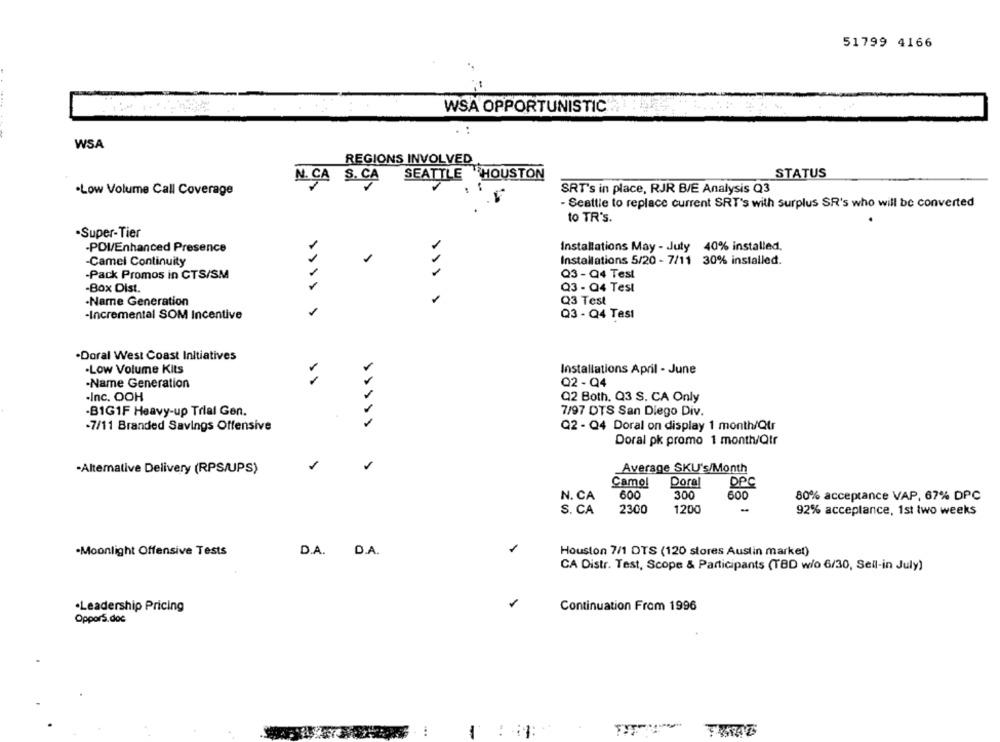
51799 4166
WSA OPPORTUNISTIC
:
WSA
REGIONS INVOLVED
SEATTLE HOUSTON
STATUS
N. CA S. CA
.Low Volume Call Coverage
SRT's in place, RJR B/E Analysis Q3
- Seattle to replace current SRT's with surplus SR's who will be converted
to TR's.
·Super-Tier
-POI/Enhanced Presence
Installations May - Juty 40% installed.
Installations 5/20 - 7/11 30% installed.
-Camel Continuity
-Pack Promos in CTS/SM
Q3- Q4 Test
-Box Dist.
Q3 - Q4 Test
1
-Name Generation
Q3 Test
-Incremental SOM Incentive
Q3 - Q4 Tesi
·Doral West Coast Initiatives
.Low Volume Kits
Installations April - June
-Name Generation
Q2 - Q4
.Inc. OOH
Q2 Both. Q3 S. CA Only
-B1G1F Heavy-up Trial Gen.
7/97 DTS San Diego Div.
-7/11 Branded Savings Offensive
Q2 - Q4 Doral on display 1 month/Qtr
Doral pk promo 1 month/Qtr
Average SKU's/Month
-Altemative Delivery (RPS/UPS)
Camol
Dora
DPC
N. CA
600
300
600
80% acceptance VAP, 67% DPC
S. CA
2300
1200
-
92% acceptance, 1st two weeks
-Moonlight Offensive Tests
D.A. D.A.
Houston 7/1 DTS (120 stores Austin market)
CA Distr. Test, Scope & Participants (TBD wio 6/30, Sell-in July)
·Leadership Pricing
Continuation From 1996
OpporS.doc